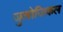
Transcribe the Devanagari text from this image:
जुलोजिकल